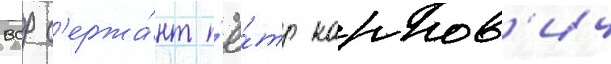
вср с'ержа́нт п'ё́тр карпов'ич